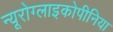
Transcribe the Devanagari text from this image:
न्यूरोग्लाइकोपीनिया